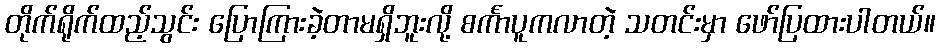
တိုက်ရိုက်ထည့်သွင်း ပြောကြားခဲ့တာမရှိဘူးလို့ စင်္ကာပူကလာတဲ့ သတင်းမှာ ဖော်ပြထားပါတယ်။